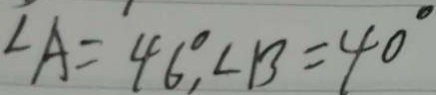
\angle A = 4 6 ^ { \circ } , \angle B = 4 0 ^ { \circ }